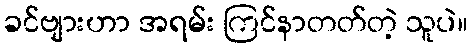
ခင်ဗျားဟာ အရမ်း ကြင်နာတတ်တဲ့ သူပဲ။